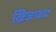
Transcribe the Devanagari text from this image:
ख़िज्राबाद